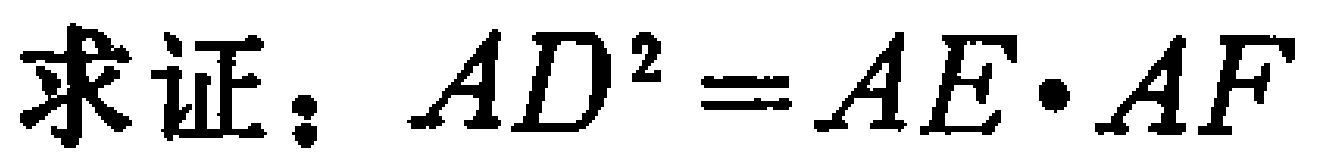
求证：\(AD^{2}=AE\cdot AF\)